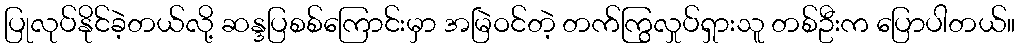
ပြုလုပ်နိုင်ခဲ့တယ်လို့ ဆန္ဒပြစစ်ကြောင်းမှာ အမြဲဝင်တဲ့ တက်ကြွလှုပ်ရှားသူ တစ်ဦးက ပြောပါတယ်။